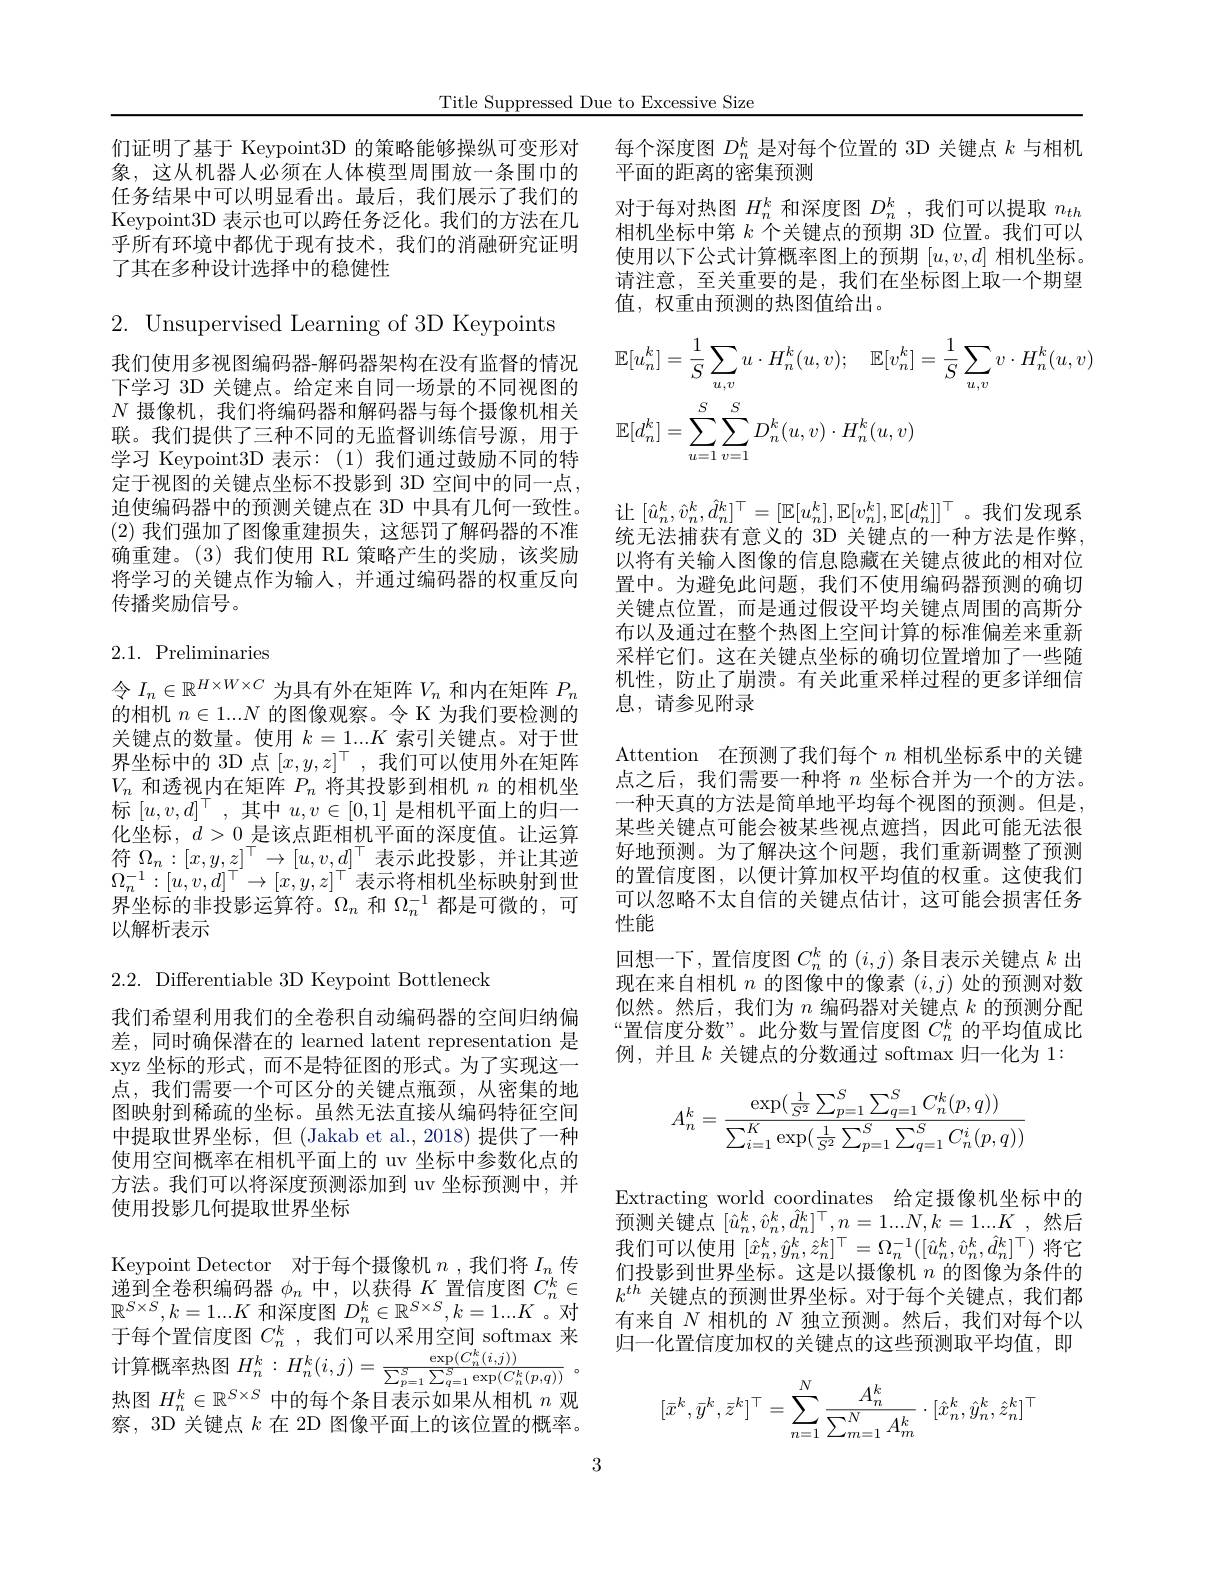
Title Suppressed Due to Excessive Size

们证明了基于 Keypoint3D 的策略能够操纵可变形对象，这从机器人必须在人体模型周围放一条围巾的任务结果中可以明显看出。最后，我们展示了我们的Keypoint3D 表示也可以跨任务泛化。我们的方法在几乎所有环境中都优于现有技术，我们的消融研究证明了其在多种设计选择中的稳健性

2. Unsupervised Learning of 3D Keypoints

我们使用多视图编码器-解码器架构在没有监督的情况下学习 3D 关键点。给定来自同一场景的不同视图的$N$摄像机，我们将编码器和解码器与每个摄像机相关联。我们提供了三种不同的无监督训练信号源，用于学习 Keypoint3D 表示：(1)我们通过鼓励不同的特定于视图的关键点坐标不投影到 3D 空间中的同一点， 迫使编码器中的预测关键点在 3D 中具有几何一致性。(2)我们强加了图像重建损失，这惩罚了解码器的不准确重建。(3)我们使用 RL 策略产生的奖励，该奖励将学习的关键点作为输人，并通过编码器的权重反向传播奖励信号。

## $2.1.{\mathrm{~Preliminaries}}$

令$I_n\in\mathbb{R}^{H\times W\times C}$为具有外在矩阵$V_n$和内在矩阵$P_n$ 的相机$n\in1...N$的图像观察。令 K 为我们要检测的关键点的数量。使用$k=\underline{1}...K$索引关键点。对于世界坐标中的 3D 点$[x,y,z]^\top$,我们可以使用外在矩阵$V_n$和透视内在矩阵$P_n$将其投影到相机$n$的相机坐标$[u,v,d]^\top$,其中$u,v\in[0,1]$是相机平面上的归一化坐标，$d>0$是该点距相机平面的深度值。让运算符$\overline{\Omega_{n}}:[x,y,z]^{\top}\to[u,v,d]^{\top}$表示此投影，并让其逆$\Omega_{n}^{-1}:[u,v,d]^{\top}\to[x,y,z]^{\top}$表示将相机坐标映射到世界坐标的非投影运算符。$\Omega_n$和$\Omega_n^{-1}$都是可微的，可以解析表示

2.2. Differentiable 3D Keypoint Bottleneck

我们希望利用我们的全卷积自动编码器的空间归纳偏差，同时确保潜在的 learned latent representation 是xyz 坐标的形式，而不是特征图的形式。为了实现这一点，我们需要一个可区分的关键点瓶颈，从密集的地图映射到稀疏的坐标。虽然无法直接从编码特征空间中提取世界坐标，但 (Jakab et al., 2018) 提供了一种使用空间概率在相机平面上的 uv 坐标中参数化点的方法。我们可以将深度预测添加到 uv 坐标预测中，并使用投影几何提取世界坐标
Keypoint Detector 对于每个摄像机$n$ ,我们将$I_n$传递到全卷积编码器$\phi_n$中，以获得$K$置信度图$C_n^k\in$ $\mathbb{R}^{S\times S},k=1...K$和深度图$D_n^k\in\mathbb{R}^S\times S,k=1...K$ 。对于每个置信度图$C_n^k$ ,我们可以采用空间 softmax 来计算概率热图 $H_{n}^{k}:$ $H_{n}^{k}( i, j) = \frac {\exp ( C_{n}^{k}( i, j) ) }{\sum _{p= 1}^{S}\sum _{q= 1}^{S}\exp ( C_{n}^{k}( p, q) ) }$ 。热图$H_n^k\in\mathbb{R}^{S\times S}$中的每个条目表示如果从相机$n$观察，3D 关键点$k$在 2D 图像平面上的该位置的概率。

每个深度图$D_n^k$是对每个位置的 3D 关键点$k$与相机
平面的距离的密集预测
对于每对热图$H_n^k$和深度图$D_n^k$ ,我们可以提取$n_th$ 相机坐标中第$k$个关键点的预期 3D 位置。我们可以使用以下公式计算概率图上的预期$[u,v,d]$相机坐标。请注意，至关重要的是，我们在坐标图上取一个期望值，权重由预测的热图值给出。
$$\begin{aligned}&\mathbb{E}[u_{n}^{k}]=\frac{1}{S}\sum_{u,v}u\cdot H_{n}^{k}(u,v);\quad\mathbb{E}[v_{n}^{k}]=\frac{1}{S}\sum_{u,v}v\cdot H_{n}^{k}(u,v)\\&\mathbb{E}[d_{n}^{k}]=\sum_{u=1}^{S}\sum_{v=1}^{S}D_{n}^{k}(u,v)\cdot H_{n}^{k}(u,v)\end{aligned}$$
让$[\hat{u}_n^k,\hat{v}_n^k,\hat{d}_n^k]^\top=[\mathbb{E}[u_n^k],\mathbb{E}[v_n^k],\mathbb{E}[d_n^k]]^\top$。我们发现系

统无法捕获有意义的 3D 关键点的一种方法是作弊， 以将有关输入图像的信息隐藏在关键点彼此的相对位置中。为避免此问题，我们不使用编码器预测的确切关键点位置，而是通过假设平均关键点周围的高斯分布以及通过在整个热图上空间计算的标准偏差来重新采样它们。这在关键点坐标的确切位置增加了一些随机性，防止了崩溃。有关此重采样过程的更多详细信息，请参见附录
Attention 在预测了我们每个$n$相机坐标系中的关键点之后，我们需要一种将$n$坐标合并为一个的方法。一种天真的方法是简单地平均每个视图的预测。但是某些关键点可能会被某些视点遮挡，因此可能无法很好地预测。为了解决这个问题，我们重新调整了预测的置信度图，以便计算加权平均值的权重。这使我们可以忽略不太自信的关键点估计，这可能会损害任务性能
回想一下，置信度图$C_n^k$的$(i,j)$条目表示关键点$k$出现在来自相机$n$的图像中的像素$(i,j)$处的预测对数似然。然后，我们为$n$编码器对关键点$k$的预测分配“置信度分数”。此分数与置信度图$C_n^k$的平均值成比例，并且$k$关键点的分数通过 softmax 归一化为 1:
$$A_n^k=\frac{\exp(\frac{1}{S^2}\sum_{p=1}^S\sum_{q=1}^SC_n^k(p,q))}{\sum_{i=1}^K\exp(\frac{1}{S^2}\sum_{p=1}^S\sum_{q=1}^SC_n^i(p,q))}$$
Extracting world coordinates 给定摄像机坐标中的预测关键点$[\hat{u}_{n}^{k},\hat{v}_{n}^{k},\hat{d}_{n}^{k}]^{\top},n=1...N,k=1...K$然后我们可以使用$[\hat{x}_n^k,\hat{y}_n^k,\hat{z}_n^k]^\top=\Omega_n^{-1}([\hat{u}_n^k,\hat{v}_n^k,\hat{d}_n^k]^\top)$将它们投影到世界坐标。这是以摄像机$n$的图像为条件的$k^{th}$关键点的预测世界坐标。对于每个关键点，我们都有来自$N$相机的$N$独立预测。然后，我们对每个以归一化置信度加权的关键点的这些预测取平均值，即
$$[\bar x^k,\bar y^k,\bar z^k]^\top=\sum_{n=1}^N\frac{A_n^k}{\sum_{m=1}^NA_m^k}\cdot[\hat x_n^k,\hat y_n^k,\hat z_n^k]^\top $$
3